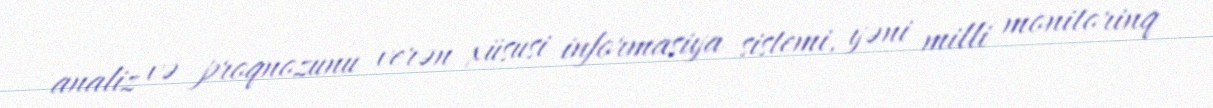
analiz və proqnozunu verən xüsusi informasiya sistemi, yəni milli monitorinq